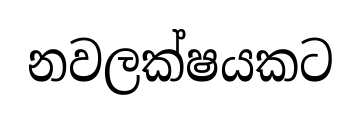
නවලක්ෂයකට